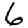
Digit: 6